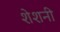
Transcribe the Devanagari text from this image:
शेशनी